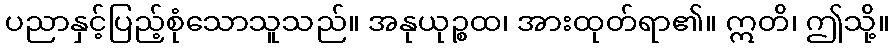
ပညာနှင့်ပြည့်စုံသောသူသည်။ အနုယုဉ္စထ၊ အားထုတ်ရာ၏။ ဣတိ၊ ဤသို့။